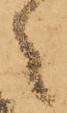
々